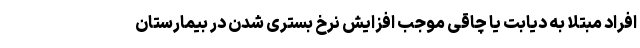
افراد مبتلا به دیابت یا چاقی موجب افزایش نرخ بستری شدن در بیمارستان